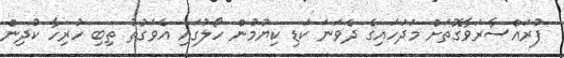
ފުރައްސާރަވާގޮތަށް މަދަހައިގެ ދެވަނަ ކަޑި ކިޔުމުން ހޯލުގައި އެވަގުތު ތިބި ހުރިހާ ކުދިން